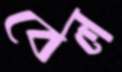
বেল